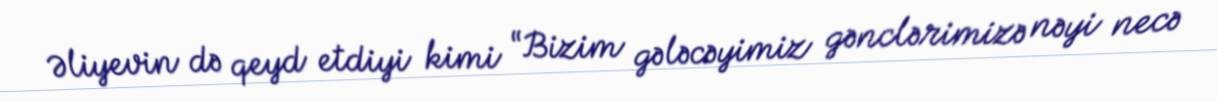
Əliyevin də qeyd etdiyi kimi “Bizim gələcəyimiz gənclərimizə nəyi necə